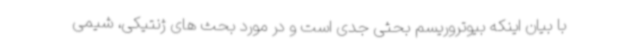
با بیان اینکه بیوتروریسم بحثی جدی است و در مورد بحث های ژنتیکی، شیمی